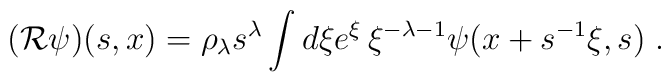
({\cal R}\psi )(s,x)     =\rho _{\lambda} s^{\lambda}\int d\xi e^{\xi}\,      \xi ^{-\lambda -1}\psi(x+s^{-1}\xi,s)\;.